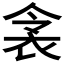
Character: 𬡌